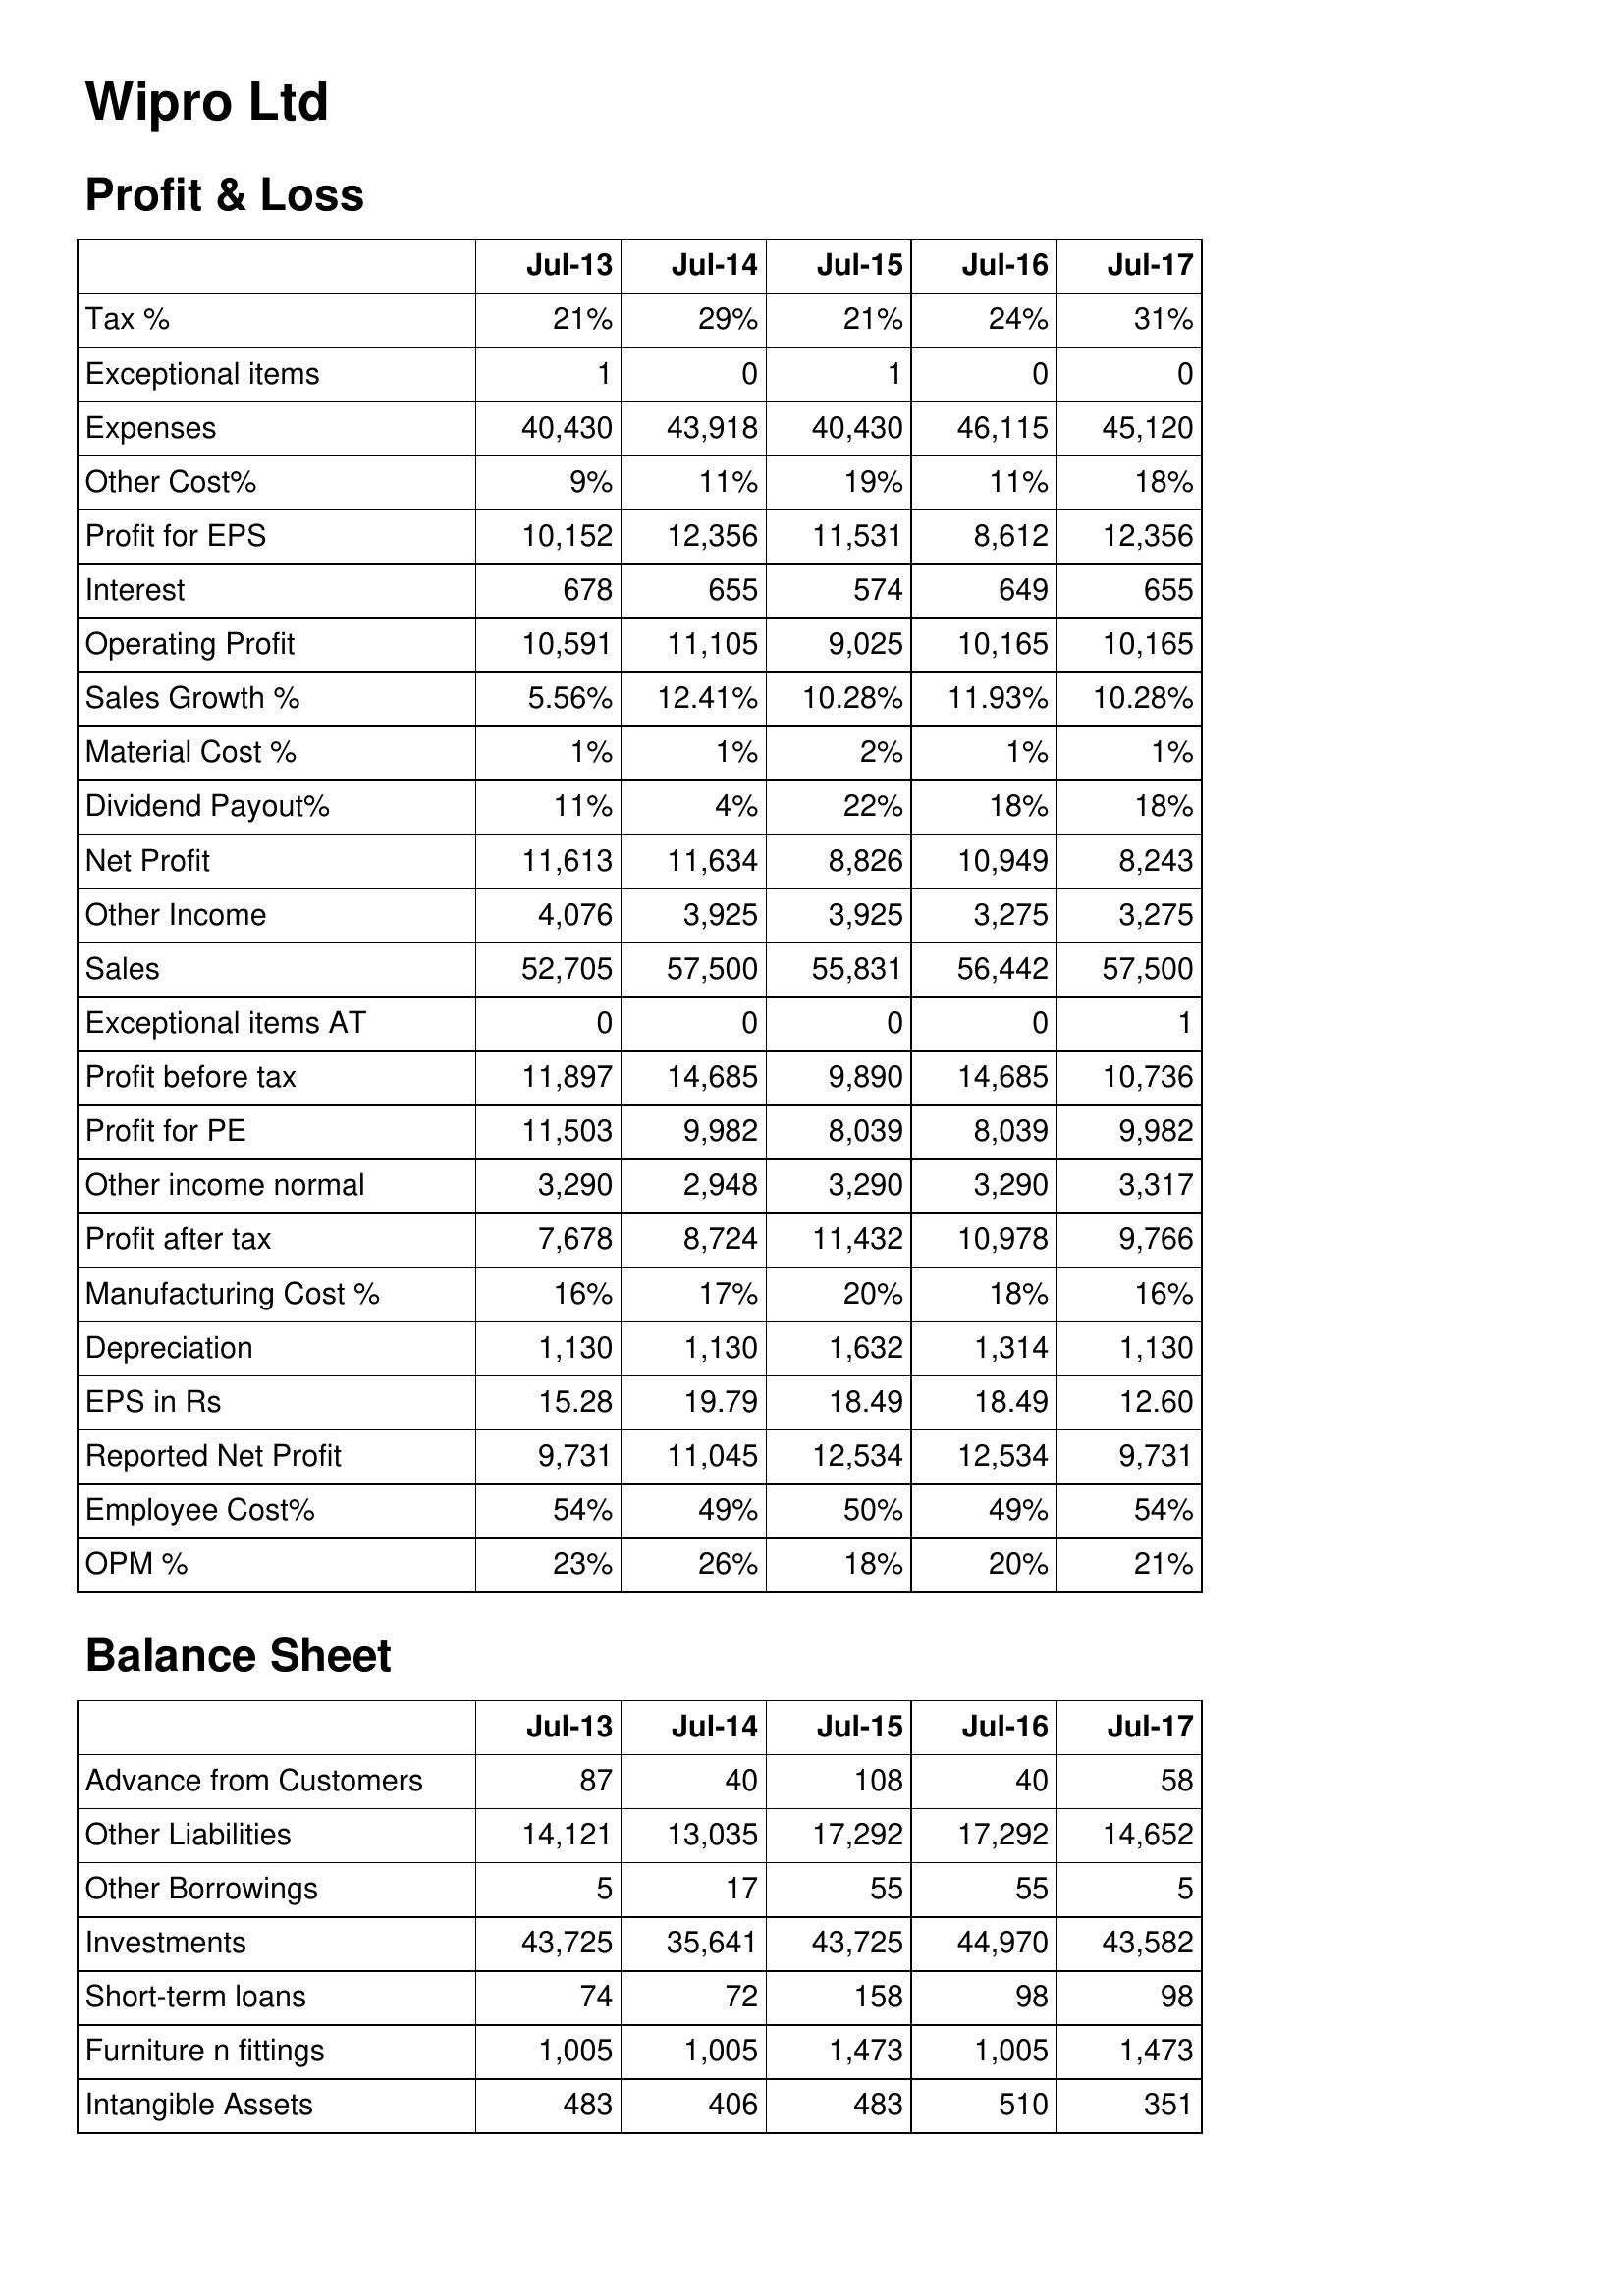
Jul-13: Profit & Loss: Tax %: 21%
Exceptional items: 1
Expenses: 40,430
Other Cost%: 9%
Profit for EPS: 10,152
Interest: 678
Operating Profit: 10,591
Sales Growth %: 5.56%
Material Cost %: 1%
Dividend Payout%: 11%
Net Profit: 11,613
Other Income: 4,076
Sales: 52,705
Exceptional items AT: 0
Profit before tax: 11,897
Profit for PE: 11,503
Other income normal: 3,290
Profit after tax: 7,678
Manufacturing Cost %: 16%
Depreciation: 1,130
EPS in Rs: 15.28
Reported Net Profit: 9,731
Employee Cost%: 54%
OPM %: 23%
Balance Sheet: Advance from Customers: 87
Other Liabilities: 14,121
Other Borrowings: 5
Investments: 43,725
Short-term loans: 74
Furniture n fittings: 1,005
Intangible Assets: 483
Jul-14: Profit & Loss: Tax %: 29%
Exceptional items: 0
Expenses: 43,918
Other Cost%: 11%
Profit for EPS: 12,356
Interest: 655
Operating Profit: 11,105
Sales Growth %: 12.41%
Material Cost %: 1%
Dividend Payout%: 4%
Net Profit: 11,634
Other Income: 3,925
Sales: 57,500
Exceptional items AT: 0
Profit before tax: 14,685
Profit for PE: 9,982
Other income normal: 2,948
Profit after tax: 8,724
Manufacturing Cost %: 17%
Depreciation: 1,130
EPS in Rs: 19.79
Reported Net Profit: 11,045
Employee Cost%: 49%
OPM %: 26%
Balance Sheet: Advance from Customers: 40
Other Liabilities: 13,035
Other Borrowings: 17
Investments: 35,641
Short-term loans: 72
Furniture n fittings: 1,005
Intangible Assets: 406
Jul-15: Profit & Loss: Tax %: 21%
Exceptional items: 1
Expenses: 40,430
Other Cost%: 19%
Profit for EPS: 11,531
Interest: 574
Operating Profit: 9,025
Sales Growth %: 10.28%
Material Cost %: 2%
Dividend Payout%: 22%
Net Profit: 8,826
Other Income: 3,925
Sales: 55,831
Exceptional items AT: 0
Profit before tax: 9,890
Profit for PE: 8,039
Other income normal: 3,290
Profit after tax: 11,432
Manufacturing Cost %: 20%
Depreciation: 1,632
EPS in Rs: 18.49
Reported Net Profit: 12,534
Employee Cost%: 50%
OPM %: 18%
Balance Sheet: Advance from Customers: 108
Other Liabilities: 17,292
Other Borrowings: 55
Investments: 43,725
Short-term loans: 158
Furniture n fittings: 1,473
Intangible Assets: 483
Jul-16: Profit & Loss: Tax %: 24%
Exceptional items: 0
Expenses: 46,115
Other Cost%: 11%
Profit for EPS: 8,612
Interest: 649
Operating Profit: 10,165
Sales Growth %: 11.93%
Material Cost %: 1%
Dividend Payout%: 18%
Net Profit: 10,949
Other Income: 3,275
Sales: 56,442
Exceptional items AT: 0
Profit before tax: 14,685
Profit for PE: 8,039
Other income normal: 3,290
Profit after tax: 10,978
Manufacturing Cost %: 18%
Depreciation: 1,314
EPS in Rs: 18.49
Reported Net Profit: 12,534
Employee Cost%: 49%
OPM %: 20%
Balance Sheet: Advance from Customers: 40
Other Liabilities: 17,292
Other Borrowings: 55
Investments: 44,970
Short-term loans: 98
Furniture n fittings: 1,005
Intangible Assets: 510
Jul-17: Profit & Loss: Tax %: 31%
Exceptional items: 0
Expenses: 45,120
Other Cost%: 18%
Profit for EPS: 12,356
Interest: 655
Operating Profit: 10,165
Sales Growth %: 10.28%
Material Cost %: 1%
Dividend Payout%: 18%
Net Profit: 8,243
Other Income: 3,275
Sales: 57,500
Exceptional items AT: 1
Profit before tax: 10,736
Profit for PE: 9,982
Other income normal: 3,317
Profit after tax: 9,766
Manufacturing Cost %: 16%
Depreciation: 1,130
EPS in Rs: 12.60
Reported Net Profit: 9,731
Employee Cost%: 54%
OPM %: 21%
Balance Sheet: Advance from Customers: 58
Other Liabilities: 14,652
Other Borrowings: 5
Investments: 43,582
Short-term loans: 98
Furniture n fittings: 1,473
Intangible Assets: 351